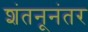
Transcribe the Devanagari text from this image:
शंतनूनंतर